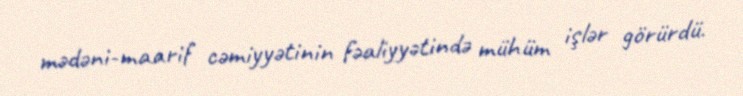
mədəni-maarif cəmiyyətinin fəaliyyətində mühüm işlər görürdü.